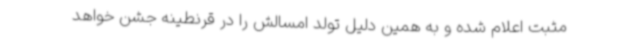
مثبت اعلام شده و به همین دلیل تولد امسالش را در قرنطینه جشن خواهد